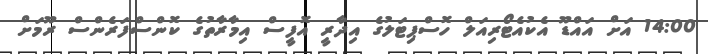
14:00 އަށް އައްޑޫ އެކުއެޓޯރިއަލް ހޮސްޕިޓަލުގެ އިދާރީ އޮފީސް އިމާރާތުގެ ކޮންސްފަރެންސް ރޫމަށް